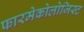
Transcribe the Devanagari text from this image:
फारमेकोलोजिस्ट